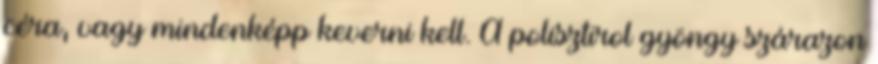
céra, vagy mindenképp keverni kell. A polisztirol gyöngy szárazon